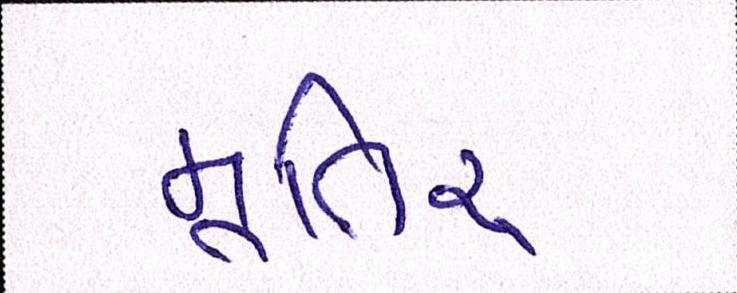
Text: મૂતિર્